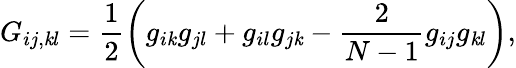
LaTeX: G_{ij,\mathit{k}l}=\frac{{1}}{{2}}\left(g_{i\mathit{k}}g_{jl}+g_{il}g_{j\mathit{k}}-\frac{{2}}{{N-1}}g_{ij}g_{\mathit{k}l}\right),